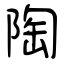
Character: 陶